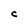
Character: C